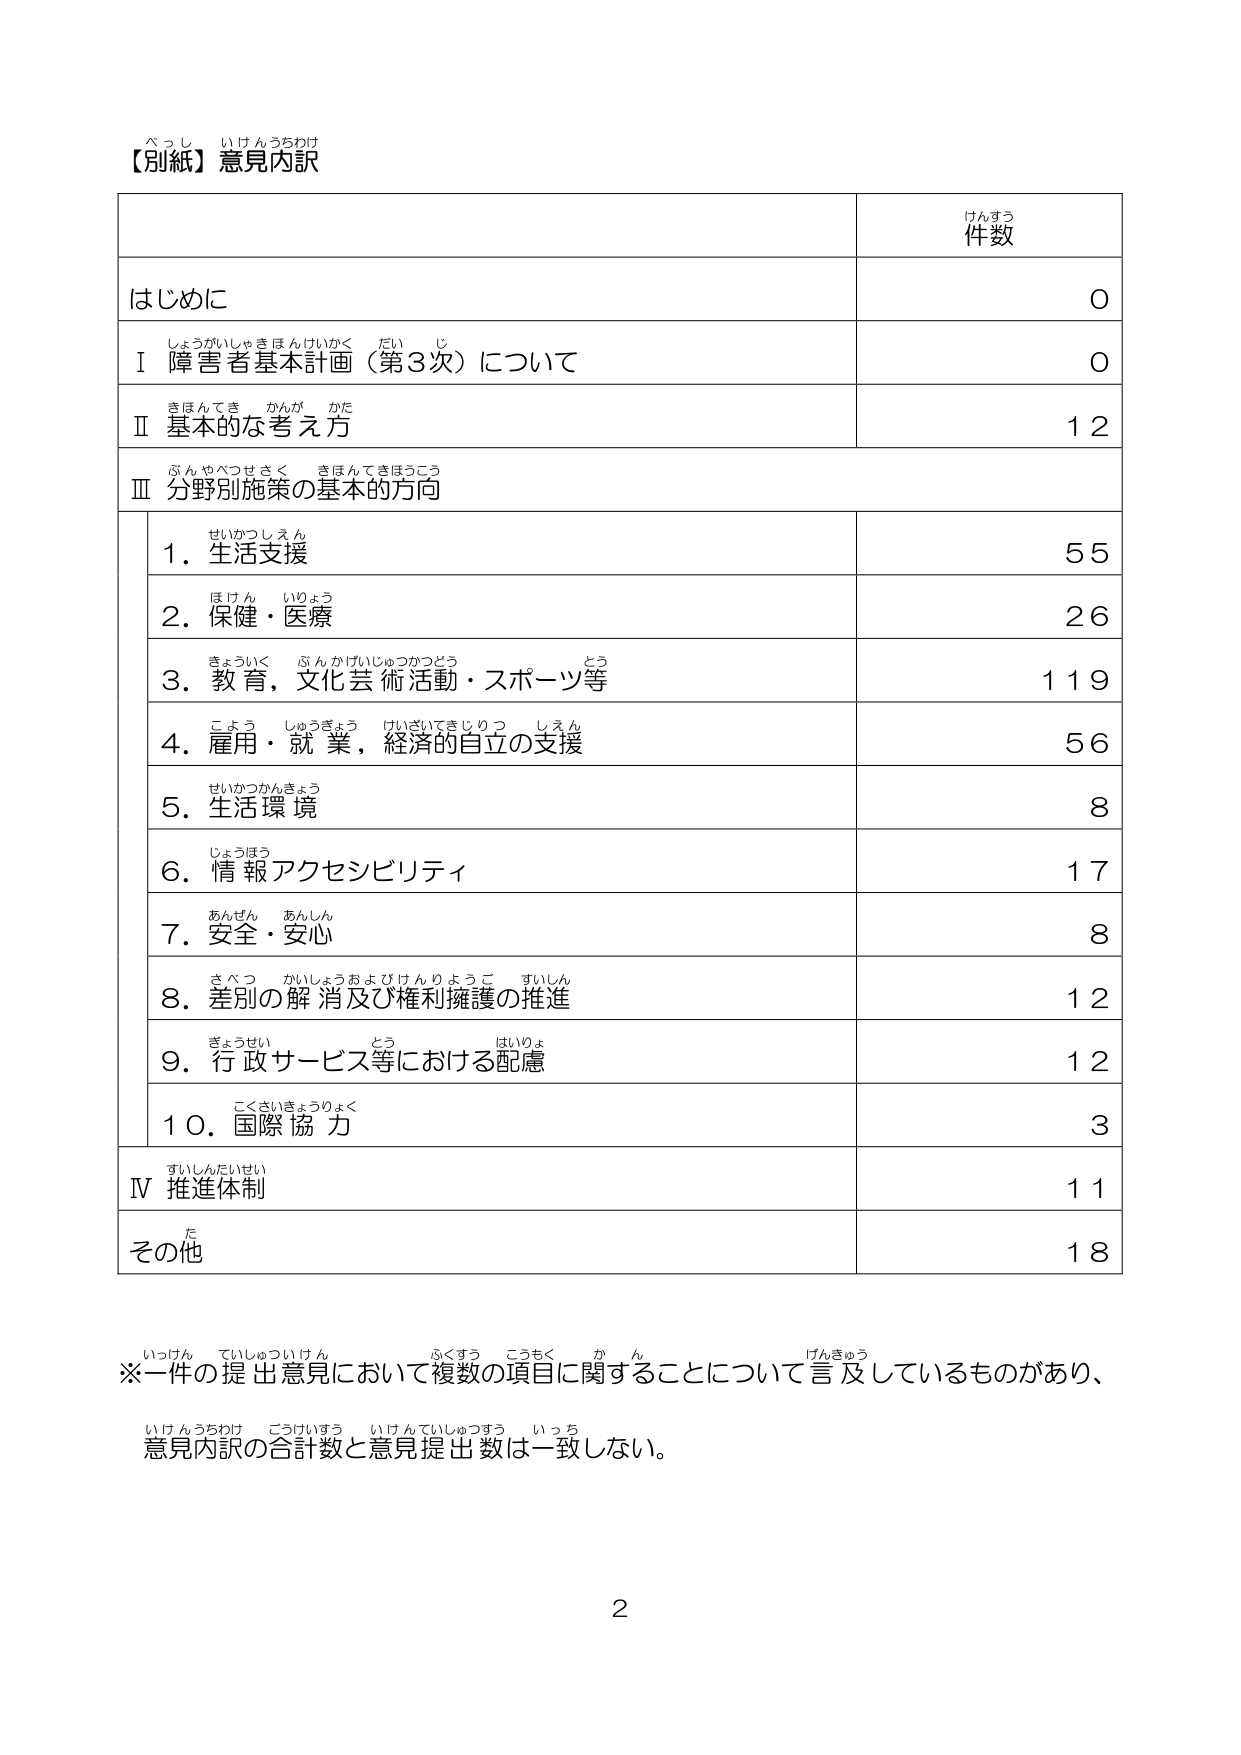
【別紙】意見内訳

件数

はじめに
0

Ⅰ 障害者基本計画（第3次）について
0

Ⅱ 基本的な考え方
12

Ⅲ 分野別施策の基本的方向

1．生活支援
55

2．保健・医療
26

3．教育，文化芸術活動・スポーツ等
119

4．雇用・就業，経済的自立の支援
56

5．生活環境
8

6．情報アクセシビリティ
17

7．安全・安心
8

8．差別の解消及び権利擁護の推進
12

9．行政サービス等における配慮
12

10．国際協力
3

Ⅳ 推進体制
11

その他
18

※一件の提出意見において複数の項目に関することについて言及しているものがあり、
意見内訳の合計数と意見提出数は一致しない。

2